Leaving Certificate, 1896
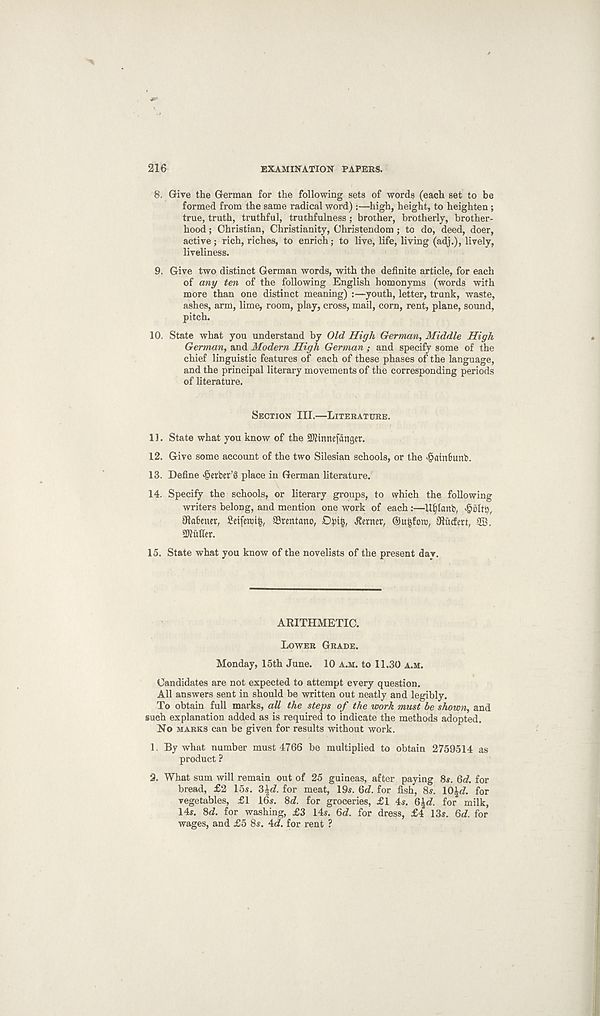
216
EXAMINATION PAPERS.
8. Give the German for the following sets of words (each set to be
formed from the same radical word) :—high, height, to heighten ;
true, truth, truthful, truthfulness; brother, brotherly, brother-
hood ; Christian, Christianity, Christendom; to do, deed, doer,
active; rich, riches, to enrich; to live, life, living (adj.), lively,
liveliness.
9. Give two distinct German words, with the definite article, for each
of any ten of the following English homonyms (words with
more than one distinct meaning) :—youth, letter, trunk, waste,
ashes, arm, lime, room, play, cross, mail, corn, rent, plane, sound,
pitch.
10. State what you understand by Old High German, Middle High
German, and Modern High German ; and specify some of the
chief linguistic features of each of these phases of the language,
and the principal literary movements of the corresponding periods
of literature.
Section III.—Literature.
11. State what you know of the SKtnnefdnger.
12. Give some account of the two Silesian schools, or the ^atnfunb.
13. Define Berber’S place in German literature.
14. Specify the schools, or literary groups, to which the following
writers belong, and mention one work of each :—Ufjlanb,
Olabener, £eifewi£, SBrentano, Dpi§, Berner, ©u|foi», Utucfert, 2B.
Gutter.
15. State what you know of the novelists of the present day.
ARITHMETIC.
Lower Grade.
Monday, 15th June. 10 a.m. to 11.30 a.m.
Candidates are not expected to attempt every question.
All answers sent in should be written out neatly and legibly.
To obtain full marks, all the steps of the work must be shown, and
such explanation added as is required to indicate the methods adopted.
No marks can be given for results without work.
1. By what number must 4766 be multiplied to obtain 2759514 as
product ?
2. What sum will remain out of 25 guineas, after paying 8s. 6d. for
bread, £2 15s. 3%d. for meat, 19s. 6d. for fish, 8s. 10|rf. for
vegetables, £1 16s. 8d. for groceries, £1 4s. 6^<7. for milk,
14s. 8d. for washing, £3 14s. 6d. for dress, £4 13s. 6d. for
wages, and £5 8s. 4d. for rent ?